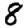
Digit: 8